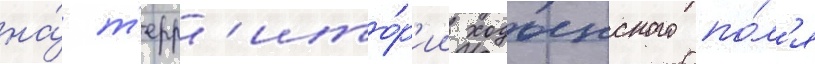
на́ т'ерр'ито́р'ии ходынского по́л'я